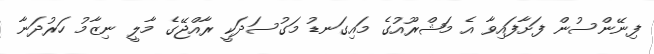
ފިނޭންސުން ފަށާފައިވާ އެ މަޝްރޫއުގެ މައިގަނޑު މަގުސަދަކީ ރާއްޖޭގެ މާލީ ނިޒާމު ހަރުދަނާ